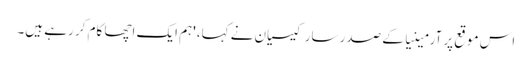
اس موقع پر آرمینیا کے صدر سارکیسیان نے کہا، 'ہم ایک اچھا کام کر رہے ہیں۔